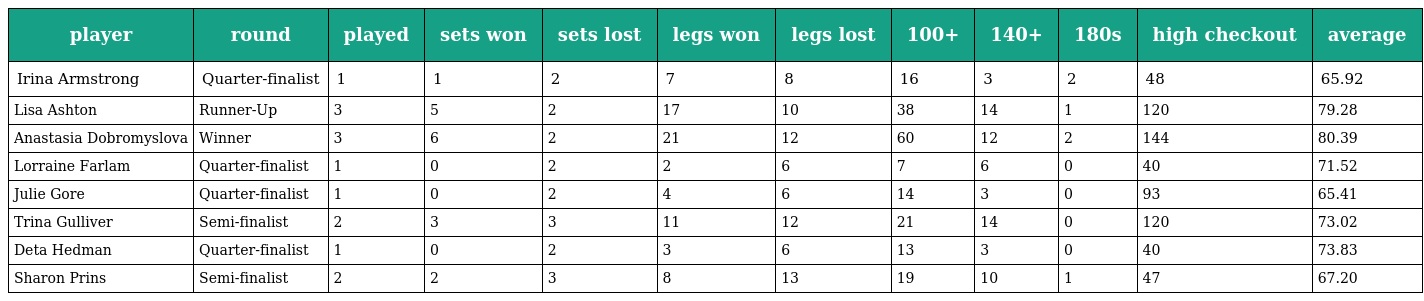
| player | round | played | sets won | sets lost | legs won | legs lost | 100+ | 140+ | 180s | high checkout | average |
 | --- | --- | --- | --- | --- | --- | --- | --- | --- | --- | --- | --- |
 | Irina Armstrong | Quarter-finalist | 1 | 1 | 2 | 7 | 8 | 16 | 3 | 2 | 48 | 65.92 |
 | Lisa Ashton | Runner-Up | 3 | 5 | 2 | 17 | 10 | 38 | 14 | 1 | 120 | 79.28 |
 | Anastasia Dobromyslova | Winner | 3 | 6 | 2 | 21 | 12 | 60 | 12 | 2 | 144 | 80.39 |
 | Lorraine Farlam | Quarter-finalist | 1 | 0 | 2 | 2 | 6 | 7 | 6 | 0 | 40 | 71.52 |
 | Julie Gore | Quarter-finalist | 1 | 0 | 2 | 4 | 6 | 14 | 3 | 0 | 93 | 65.41 |
 | Trina Gulliver | Semi-finalist | 2 | 3 | 3 | 11 | 12 | 21 | 14 | 0 | 120 | 73.02 |
 | Deta Hedman | Quarter-finalist | 1 | 0 | 2 | 3 | 6 | 13 | 3 | 0 | 40 | 73.83 |
 | Sharon Prins | Semi-finalist | 2 | 2 | 3 | 8 | 13 | 19 | 10 | 1 | 47 | 67.20 |